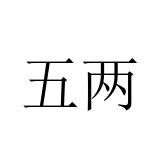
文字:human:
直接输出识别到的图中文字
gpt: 五两